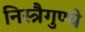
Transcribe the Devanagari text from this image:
निस्त्रैगुण्ये